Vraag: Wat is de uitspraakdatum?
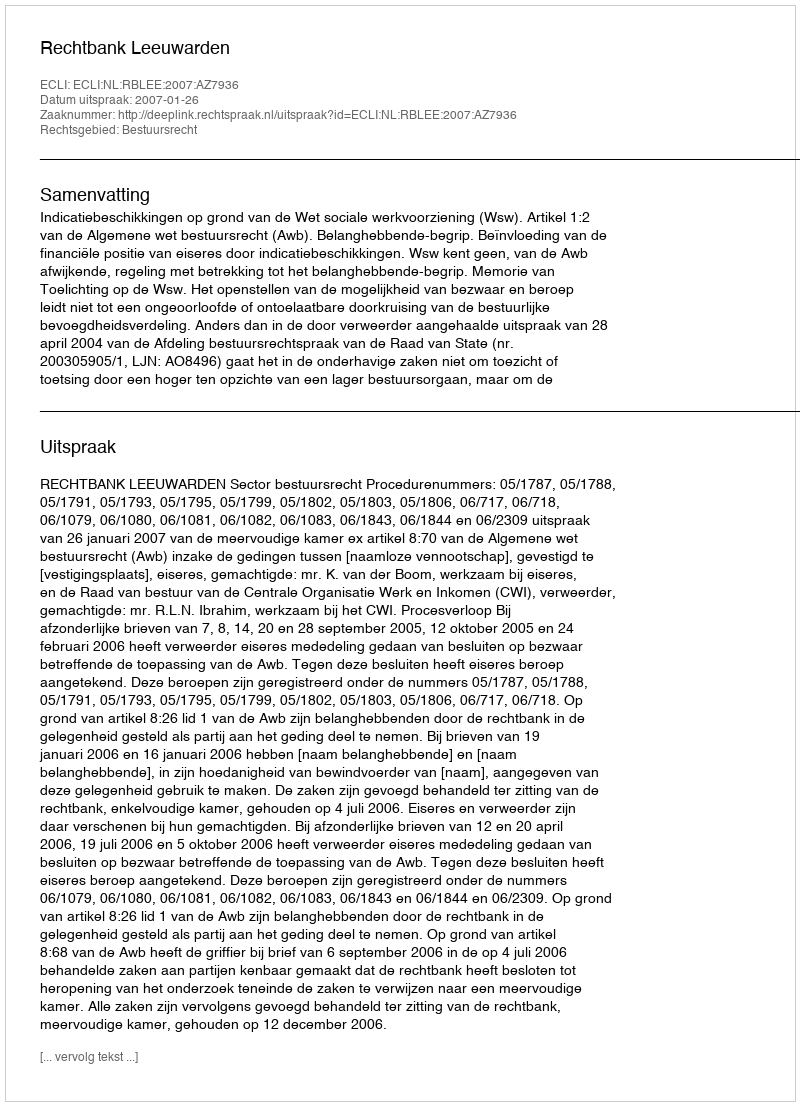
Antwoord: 2007-01-26